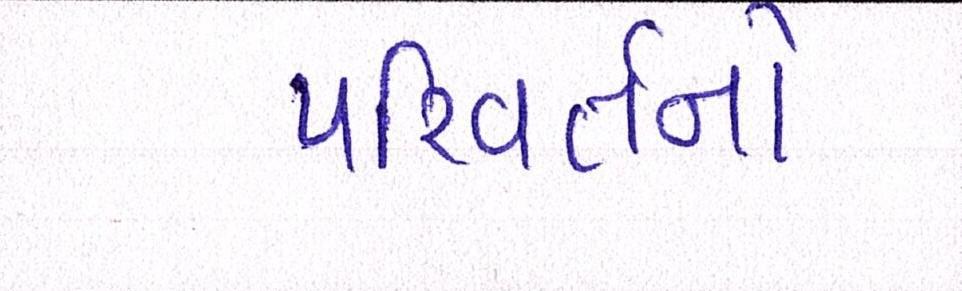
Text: પરિવર્તનો